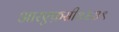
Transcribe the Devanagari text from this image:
आरएफ़सी३४३९